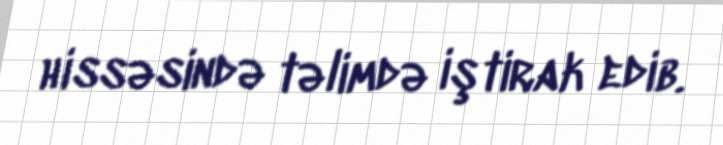
hissəsində təlimdə iştirak edib.